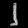
Digit: ၂